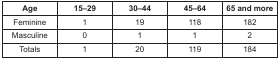
<table><thead><tr><td><b>Age</b></td><td><b>15–29</b></td><td><b>30–44</b></td><td><b>45–64</b></td><td><b>65 and more</b></td></tr></thead><tbody><tr><td>Feminine</td><td>1</td><td>19</td><td>118</td><td>182</td></tr><tr><td>Masculine</td><td>0</td><td>1</td><td>1</td><td>2</td></tr><tr><td>Totals</td><td>1</td><td>20</td><td>119</td><td>184</td></tr></tbody></table>